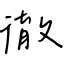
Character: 徹